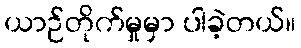
ယာဉ်တိုက်မှုမှာ ပါခဲ့တယ်။